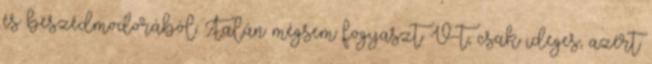
és beszédmodorából. Talán mégsem fogyaszt V-t, csak ideges, azért